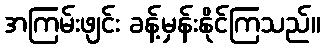
အကြမ်းဖျင်း ခန့်မှန်းနိုင်ကြသည်။